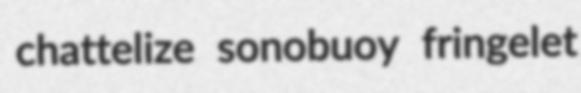
chattelize sonobuoy fringelet